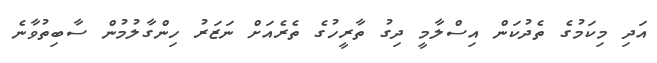
އަދި މިކަމުގެ ތެދުކަން އިސްލާމީ ދިގު ތާރީހުގެ ތެރެއަށް ނަޒަރު ހިންގާލުމުން ސާބިތުވާނެ